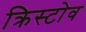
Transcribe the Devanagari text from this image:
क्रिस्टोव